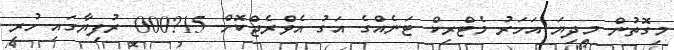
މިގޮތުން މިދިޔަ އަހަރު މެޓްރިކް ޓަނެއްގެ އަގު އެވްރެޖްކޮށް 15?000 ރުފިޔާގައި ހުރި